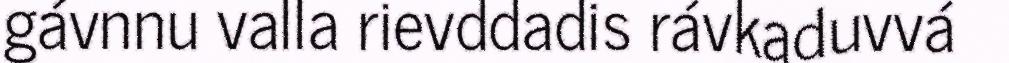
gávnnu valla rievddadis rávkaduvvá